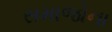
સમાજોના